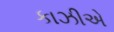
કાઝીએ